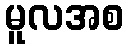
မူလအစ